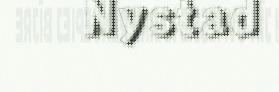
Nystad